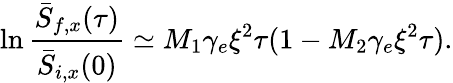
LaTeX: \ln\frac{\bar{S}_{f,x}(\tau)}{\bar{S}_{i,x}(0)}\simeq M_{1}\gamma_{e}\xi^{2}\tau(1-M_{2}\gamma_{e}\xi^{2}\tau).